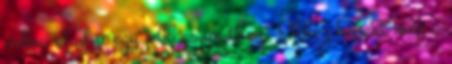
volna eladni egy jobb csapathoz. Ehhez képest még a